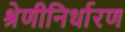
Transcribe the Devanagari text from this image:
श्रेणीनिर्धारण